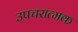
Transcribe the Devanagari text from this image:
उपचरात्मक